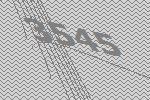
3545